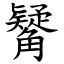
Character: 觺